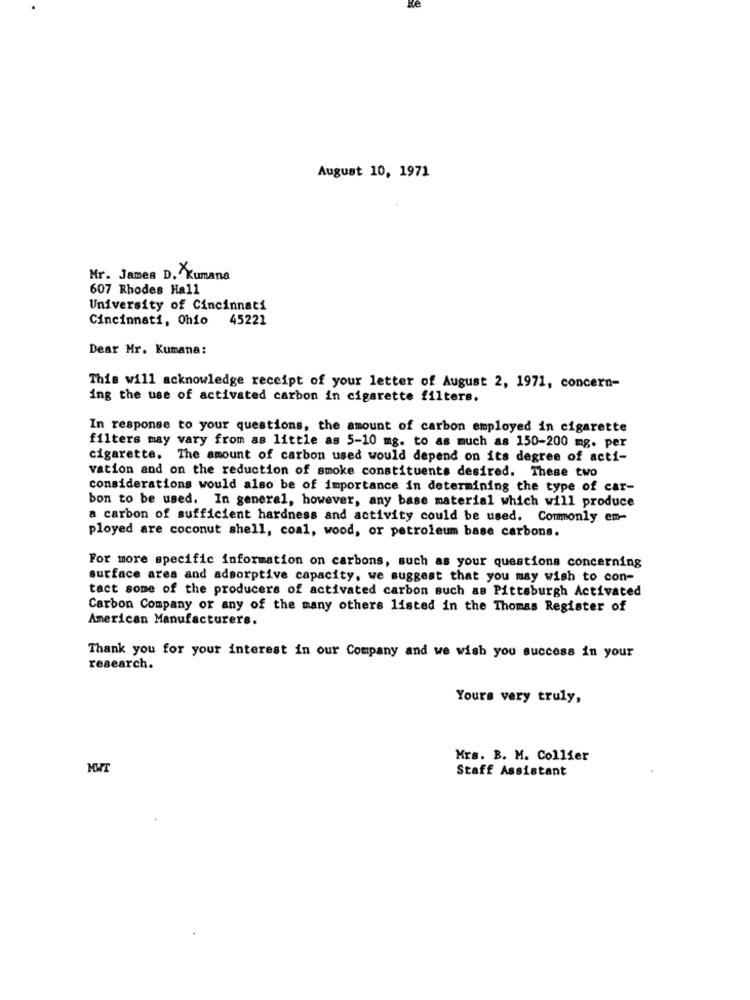
Ke
August 10, 1971
Mr. James D. Kumana
607 Rhodes Hall
University of Cincinnati
Cincinnati, Ohio
45221
Dear Mr. Kumana:
This will acknowledge receipt of your letter of August 2, 1971, concern-
ing the use of activated carbon in cigarette filters.
In response to your questions, the amount of carbon employed in cigarette
filters may vary from as little as 5-10 mg. to as much as 150-200 mg. per
cigarette. The amount of carbon used would depend on its degree of acti-
vation and on the reduction of smoke constituents desired. These two
considerations would also be of importance in determining the type of car-
bon to be used. In general, however, any base material which will produce
a carbon of sufficient hardness and activity could be used. Commonly em-
ployed are coconut shell, coal, wood, or petroleum base carbons.
For more specific information on carbons, such as your questions concerning
surface area and adsorptive capacity, we suggest that you may wish to con-
tact some of the producers of activated carbon such as Pittsburgh Activated
Carbon Company or any of the many others listed in the Thomas Register of
American Manufacturers.
Thank you for your interest in our Company and we wish you success in your
research.
Yours very truly,
Mrs. B. M. Collier
MWT
Staff Assistant